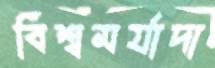
বিশ্বমর্যাদা